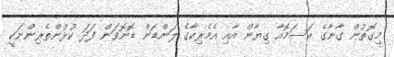
މިގޮތުން ގާނާގެ އަސަމޮއާ ގިޔާން އާއި އެމެރިކާގެ ލަންޑަން ޑޮނޮވަން ފަދަ ކުޅުންތެރިންނަކީ